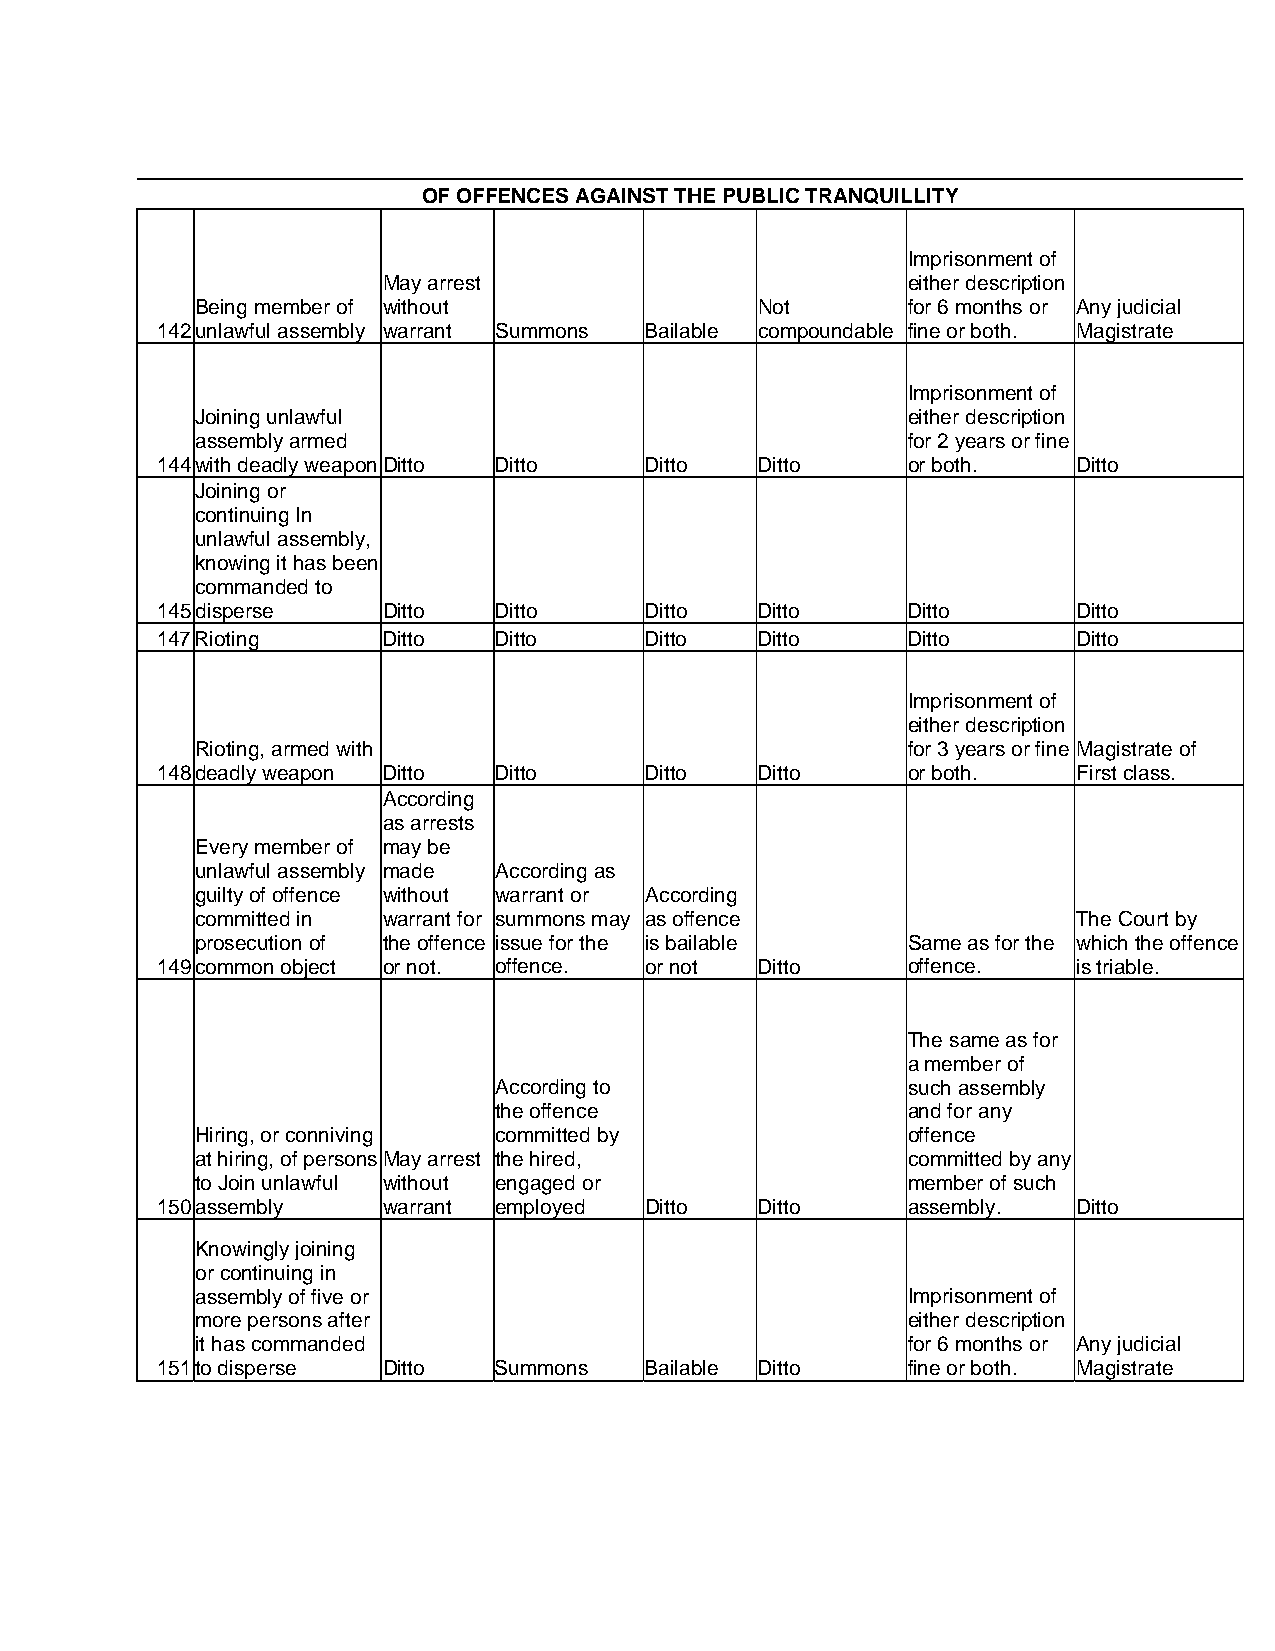
OF OFFENCES AGAINST THE PUBLIC TRANQUILLITY
 Imprisonment of
 May arrest                         either description
 Being member of without              Not       for 6 months or Any judicial
 142 unlawful assembly warrant Summons Bailable compoundable fine or both. Magistrate
 Imprisonment of
 Joining unlawful                               either description
 assembly armed                                 for 2 years or fine
 144 with deadly weapon Ditto Ditto Ditto Ditto    or both.   Ditto
 Joining or
 continuing In
 unlawful assembly,
 knowing it has been
 commanded to
 145 disperse   Ditto   Ditto     Ditto  Ditto     Ditto      Ditto
 147 Rioting    Ditto   Ditto     Ditto  Ditto     Ditto      Ditto
 Imprisonment of
 either description
 Rioting, armed with                            for 3 years or fine Magistrate of
 148 deadly weapon Ditto Ditto    Ditto  Ditto     or both.   First class.
 According
 as arrests
 Every member of may be
 unlawful assembly made According as
 guilty of offence without warrant or According
 committed in warrant for summons may as offence           The Court by
 prosecution of the offence issue for the is bailable Same as for the which the offence
 149 common object or not. offence. or not Ditto   offence.   is triable.
 The same as for
 a member of
 According to               such assembly
 the offence                and for any
 Hiring, or conniving committed by              offence
 at hiring, of persons May arrest the hired,    committed by any
 to Join unlawful without engaged or            member of such
 150 assembly   warrant employed  Ditto  Ditto     assembly.  Ditto
 Knowingly joining
 or continuing in
 assembly of five or                            Imprisonment of
 more persons after                             either description
 it has commanded                               for 6 months or Any judicial
 151 to disperse Ditto  Summons   Bailable Ditto   fine or both. Magistrate